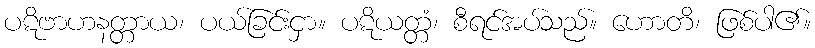
ပဋိဗာဟနတ္တာယ၊ ပယ်ခြင်းငှာ။ ပဋိယတ္တံ၊ စီရင်အပ်သည်။ ဟောတိ၊ ဖြစ်ပါ၏။